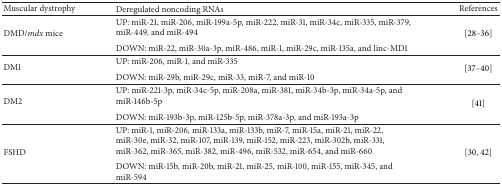
| Muscular dystrophy | Deregulated noncoding RNAs | References |
 | --- | --- | --- |
 | <ROWSPAN=2> DMD/mdx mice | UP: miR-21, miR-206, miR-199a-5p, miR-222, miR-31, miR-34c, miR-335, miR-379, miR-449, and miR-494 | <ROWSPAN=2> [28–36] |
 | DOWN: miR-22, miR-30a-3p, miR-486, miR-1, miR-29c, miR-135a, and linc-MD1 |
 | <ROWSPAN=2> DM1 | UP: miR-206, miR-1, and miR-335 | <ROWSPAN=2> [37–40] |
 | DOWN: miR-29b, miR-29c, miR-33, miR-7, and miR-10 |
 | <ROWSPAN=2> DM2 | UP: miR-221-3p, miR-34c-5p, miR-208a, miR-381, miR-34b-3p, miR-34a-5p, and miR-146b-5p | <ROWSPAN=2> [41] |
 | DOWN: miR-193b-3p, miR-125b-5p, miR-378a-3p, and miR-193a-3p |
 | <ROWSPAN=2> FSHD | UP: miR-1, miR-206, miR-133a, miR-133b, miR-7, miR-15a, miR-21, miR-22, miR-30e, miR-32, miR-107, miR-139, miR-152, miR-223, miR-302b, miR-331, miR-362, miR-365, miR-382, miR-496, miR-532, miR-654, and miR-660 | <ROWSPAN=2> [30, 42] |
 | DOWN: miR-15b, miR-20b, miR-21, miR-25, miR-100, miR-155, miR-345, and miR-594 |